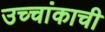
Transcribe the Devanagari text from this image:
उच्चांकाची